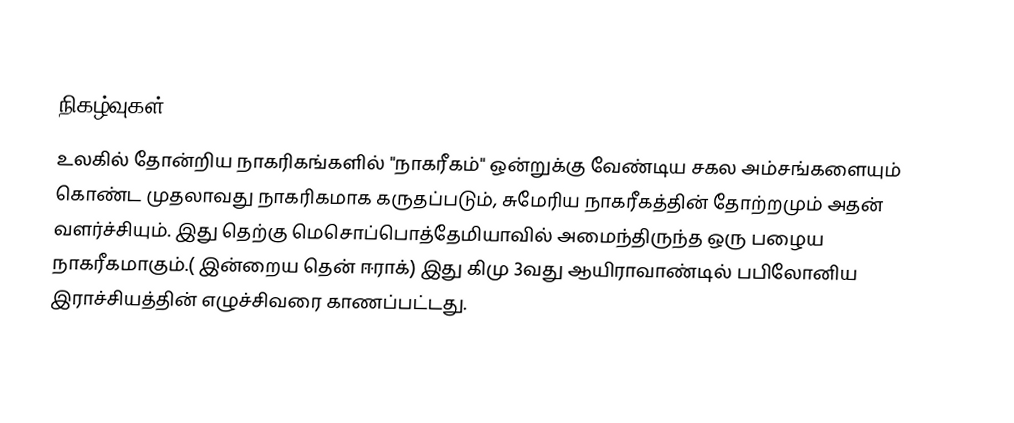

நிகழ்வுகள்
உலகில் தோன்றிய நாகரிகங்களில் "நாகரீகம்" ஒன்றுக்கு வேண்டிய சகல அம்சங்களையும் கொண்ட முதலாவது நாகரிகமாக கருதப்படும், சுமேரிய நாகரீகத்தின் தோற்றமும் அதன் வளர்ச்சியும். இது தெற்கு மெசொப்பொத்தேமியாவில் அமைந்திருந்த ஒரு பழைய நாகரீகமாகும்.( இன்றைய தென் ஈராக்) இது கிமு 3வது ஆயிராவாண்டில் பபிலோனிய இராச்சியத்தின் எழுச்சிவரை காணப்பட்டது.